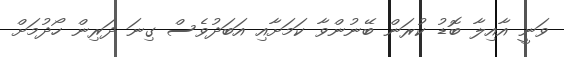
ވަނީ އާއިލާ ބޮޑު ކުރަން ބޭނުންވާ ކަމަށާއި އަބަދުވެސް ގިނަ ދަރިން ހޯދުމަށް